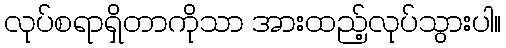
လုပ်စရာရှိတာကိုသာ အားထည့်လုပ်သွားပါ။